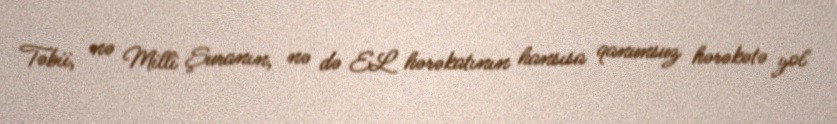
Təbii, nə Milli Şuranın, nə də EL hərəkatının hansısa qanunsuz hərəkətə yol